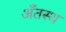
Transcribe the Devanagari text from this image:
अँतस्थ